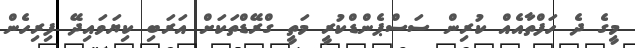
މީގެ ދެ ހަފްތާއެއް ކުރިން ސަސްޕެންޑްކުރީ މަތީ ގްރޭޑްތަކަށް އަރަބި ކިޔަވައިދޭ ފިރިހެން